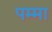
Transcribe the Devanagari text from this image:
पम्मा